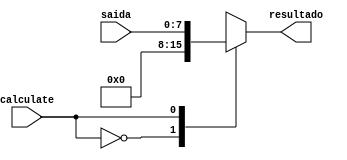
module enable (input [7:0]saida, input calculate, output [7:0]resultado);

	always @(*) begin
	case (calculate) 
	
	0 : resultado = 7'b0000000;
	1 : resultado = saida;
	default: resultado = 7'b0000000;
	endcase
	end
	endmodule